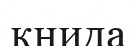
книда